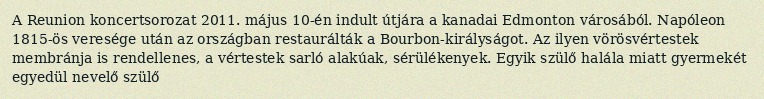
A Reunion koncertsorozat 2011. május 10-én indult útjára a kanadai Edmonton városából. Napóleon 1815-ös veresége után az országban restaurálták a Bourbon-királyságot. Az ilyen vörösvértestek membránja is rendellenes, a vértestek sarló alakúak, sérülékenyek. Egyik szülő halála miatt gyermekét egyedül nevelő szülő